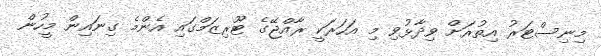
މިނިސްޓަރު އިތުރަށް ވިދާޅުވި މި އަހަރަކީ ރާއްޖޭގެ ޓޫރިޒަމްގައި އެންމެ ގިނައިން މީހުން